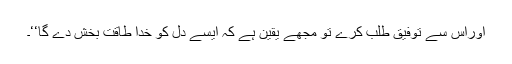
اوراس سے توفیق طلب کرے تو مجھے یقین ہے کہ ایسے دل کو خدا طاقت بخش دے گا‘‘۔